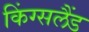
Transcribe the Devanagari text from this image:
किंग्सलैंड